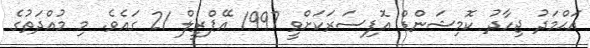
އަޙްމަދު ޖިހާދު ކޮމިޝަންޑް އޮފިސަރަކަށްވީ 1997 އޭޕްރީލް 21 ގައެވެ. މި މުއްދަތުގެ